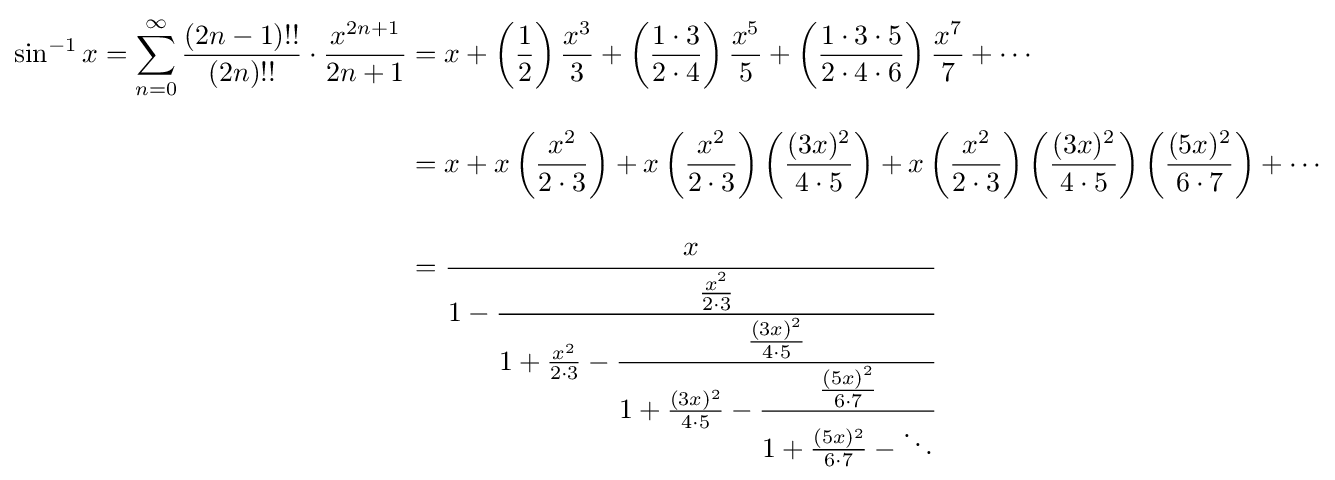
{\begin{aligned}\sin ^{-1}x=\sum _{n=0}^{\infty }{\frac {(2n-1)!!}{(2n)!!}}\cdot {\frac {x^{2n+1}}{2n+1}}&=x+\left({\frac {1}{2}}\right){\frac {x^{3}}{3}}+\left({\frac {1\cdot 3}{2\cdot 4}}\right){\frac {x^{5}}{5}}+\left({\frac {1\cdot 3\cdot 5}{2\cdot 4\cdot 6}}\right){\frac {x^{7}}{7}}+\cdots \\[8pt]&=x+x\left({\frac {x^{2}}{2\cdot 3}}\right)+x\left({\frac {x^{2}}{2\cdot 3}}\right)\left({\frac {(3x)^{2}}{4\cdot 5}}\right)+x\left({\frac {x^{2}}{2\cdot 3}}\right)\left({\frac {(3x)^{2}}{4\cdot 5}}\right)\left({\frac {(5x)^{2}}{6\cdot 7}}\right)+\cdots \\[8pt]&={\cfrac {x}{1-{\cfrac {\frac {x^{2}}{2\cdot 3}}{1+{\frac {x^{2}}{2\cdot 3}}-{\cfrac {\frac {(3x)^{2}}{4\cdot 5}}{1+{\frac {(3x)^{2}}{4\cdot 5}}-{\cfrac {\frac {(5x)^{2}}{6\cdot 7}}{1+{\frac {(5x)^{2}}{6\cdot 7}}-\ddots }}}}}}}}\end{aligned}}